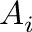
A _ { i }